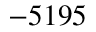
- 5 1 9 5